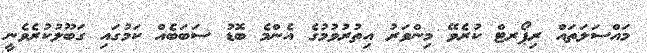
މައްސަލަތައް ރިޕޯރޓް ކުރެވޭ މިންވަރު އިތުރުވުމުގެ އެންމެ ބޮޑު ސަބަބެއް ކަމުގައި ގަބޫލުކުރެވެނީ